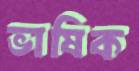
ভাষিক